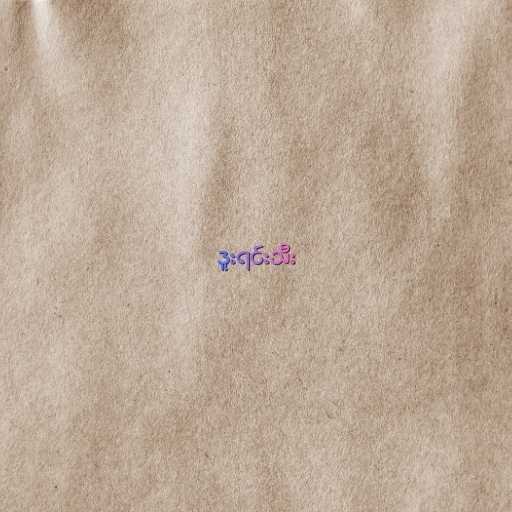
ဒူးရင်းသီး